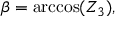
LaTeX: \beta = \operatorname { a r c c o s } ( Z _ { 3 } ) ,